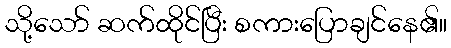
သို့သော် ဆက်ထိုင်ပြီး စကားပြောချင်နေ၏။